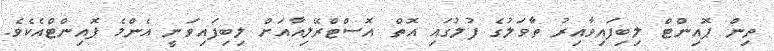
ތިން ޕޮއިންޓް ލިބިފައިވާއިރު ތާވަލުގެ ފުލުގައި އޮތް އޮސްޓްރޭލިއާއަށް ލިބިފައިވަނީ އެންމެ ޕޮއިންޓްއެކެވެ.